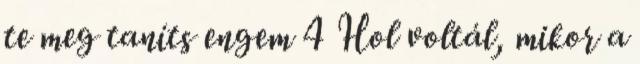
te meg taníts engem 4 Hol voltál, mikor a